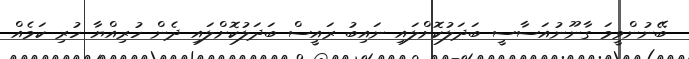
ބޭނުންވީމަ ގާނޫނުއަސާސީ ބަދަލުކޮށްލައި ނައިބު ރައީސް ބަދަލުކޮށްލައި ދެން ހުރިއްޔާ ހުރި ކަމެއް